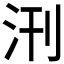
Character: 𭯿